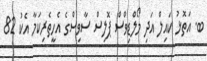
ބ. އަތޮޅު ކައިލް އަދި މޯލްޑިވްސް ޕޮލިސް ސާވިސްގެ އެހީތެރިކަމާ އެކު 82